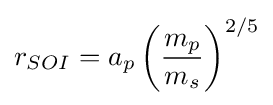
r_{SOI}=a_{p}\left({\frac {m_{p}}{m_{s}}}\right)^{2/5}